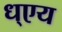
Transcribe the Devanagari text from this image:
ध्एय